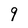
Character: 9